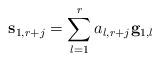
LaTeX: \begin{align*}\mathbf{s}_{1,r+j}=\sum_{l=1}^{r}a_{l,r+j}\mathbf{g}_{1,l}\end{align*}